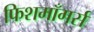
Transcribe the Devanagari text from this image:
फिशमॉंगर्स